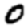
Digit: 0